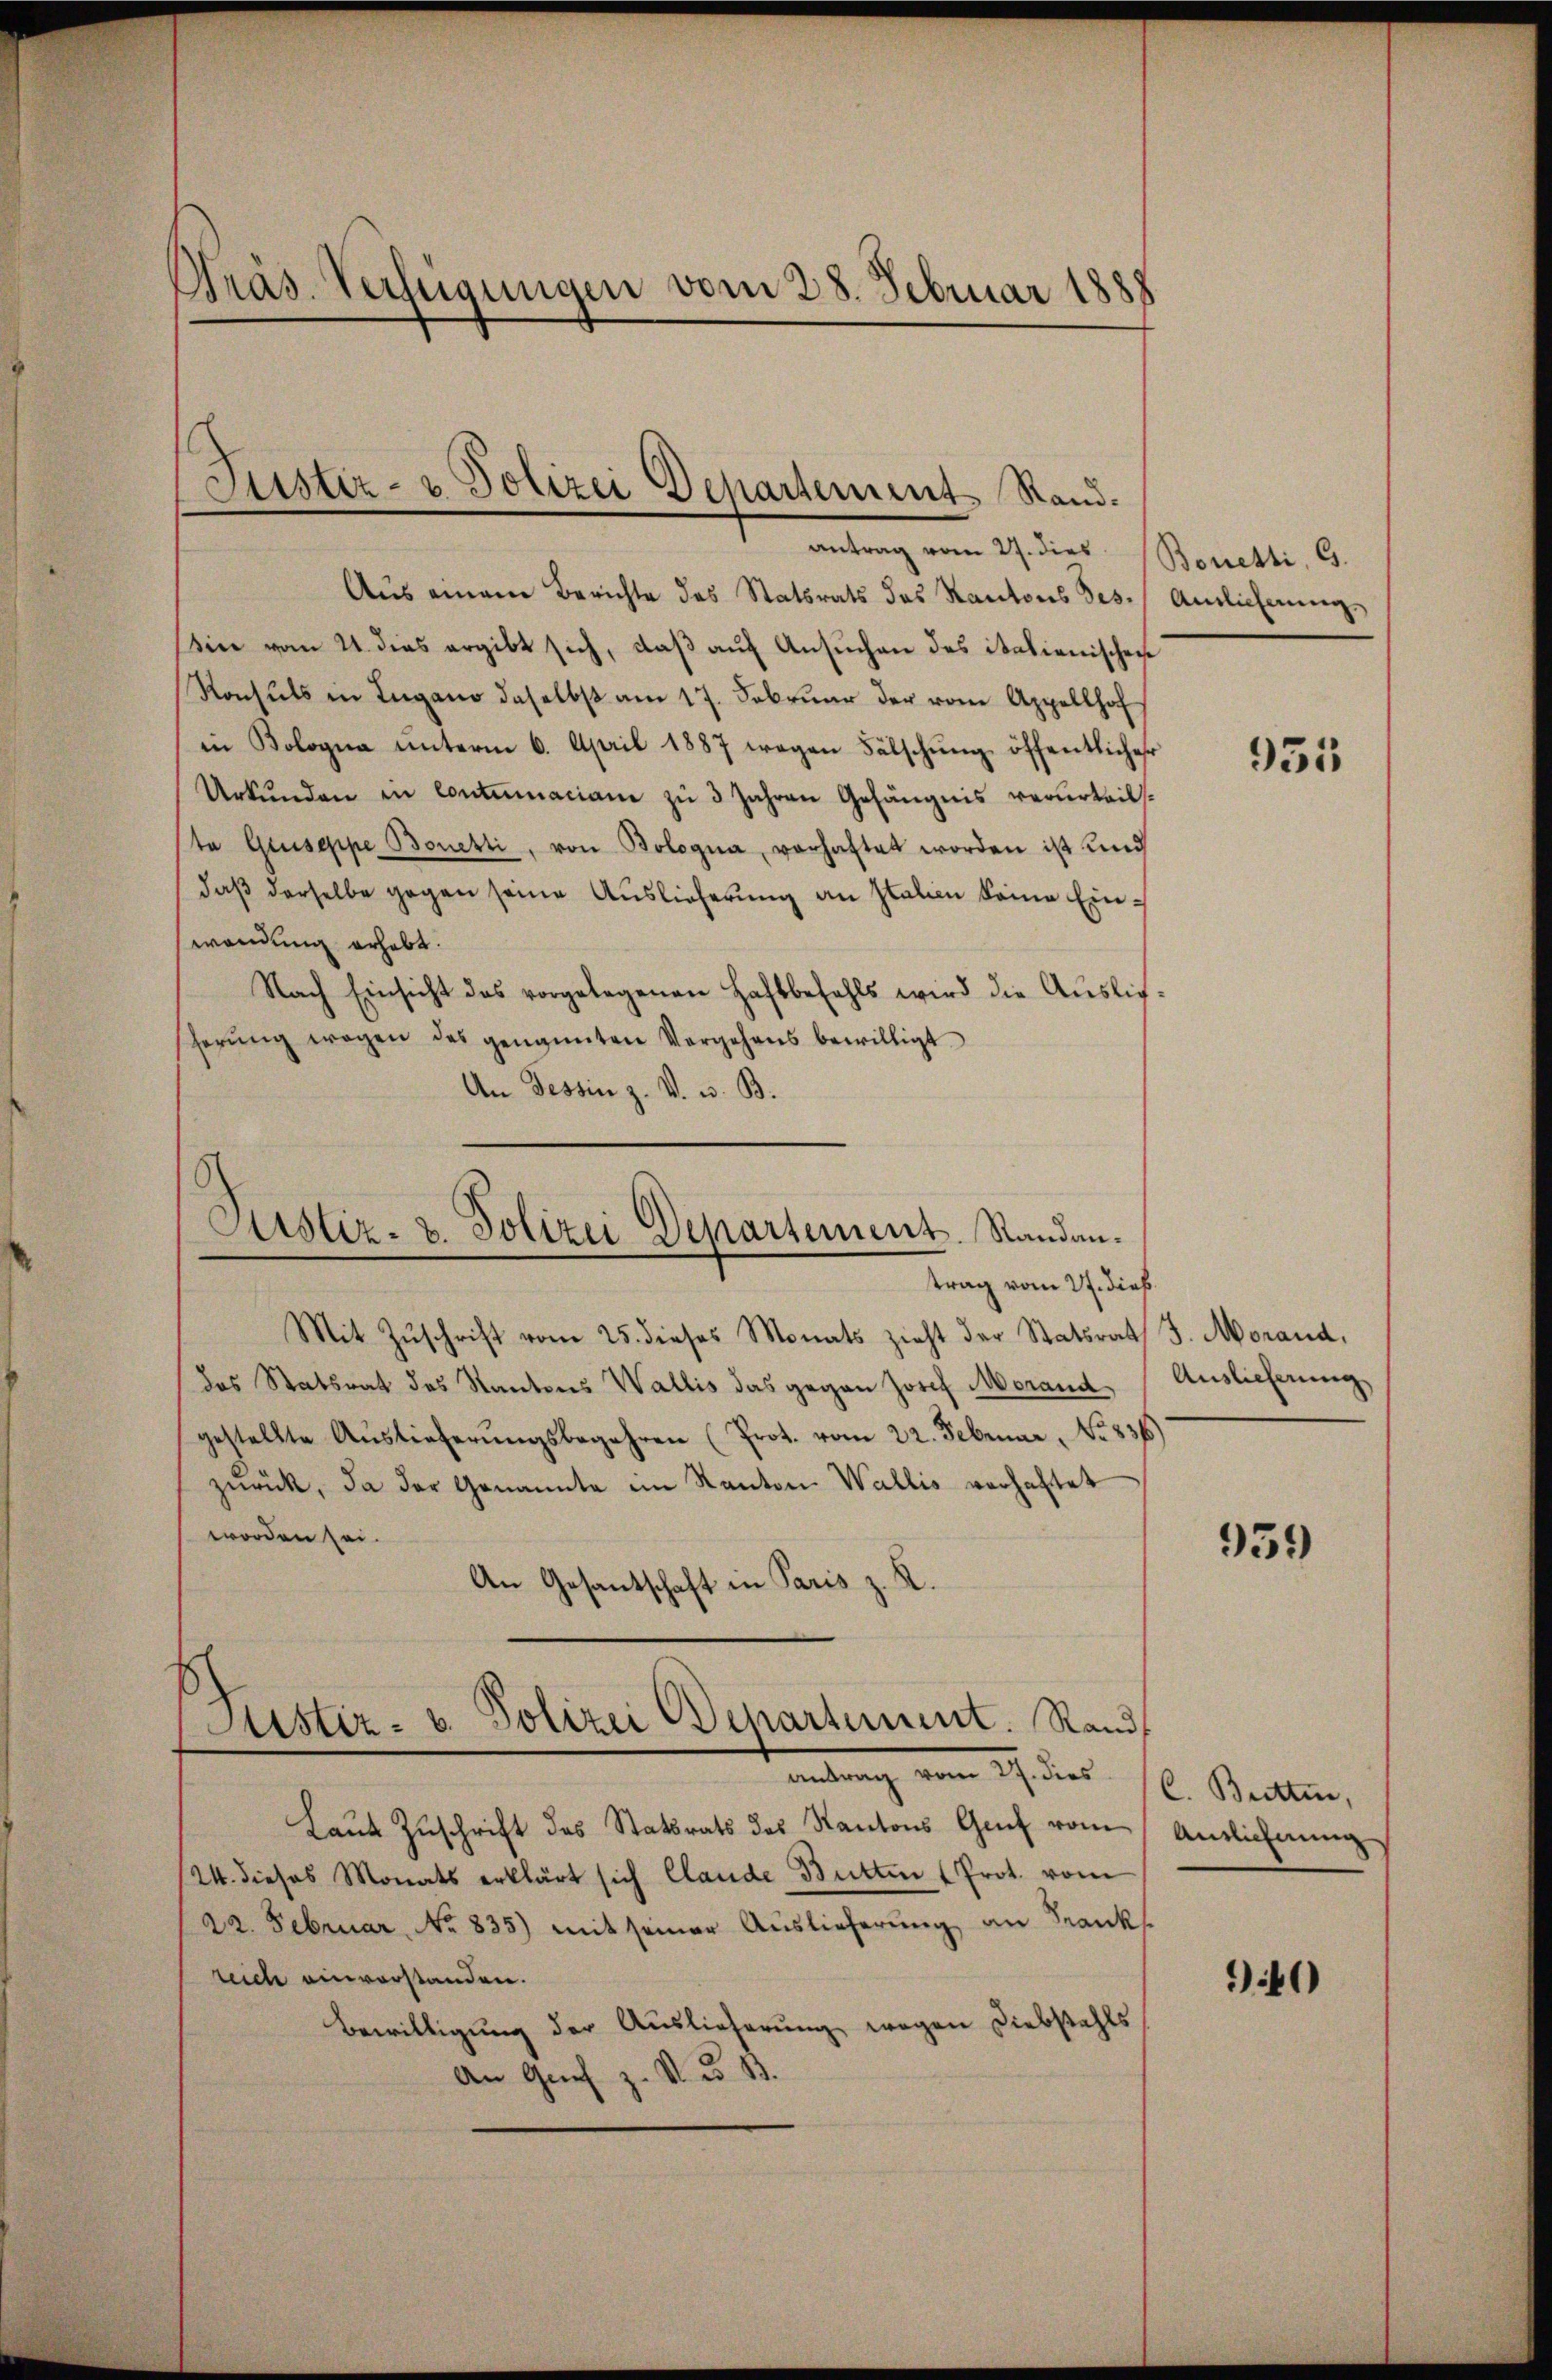
Präs. Verfügungen vom 28. Februar 1888

antrag vom 27. dies Bonetti, G.
Aus einem Berichte des Statsrats des Kantons Ges. Amlicherŭng
in vom 21. dies ergibt sich, daβ aŭf Ansuchen des italienischen
Konsuls in Lugano daselbst am 17. Februar der vom Appellhof
in Bologna unterm 6. April 1887 wegen Fälschung öffentlicher
Urkunden in Contumaciane zu 3 Jahren Gefängnis verurteilste Gruseppe Bonetti, von Bologna, vorhaftet worden ist und
daß derselbe gegen seine Auslieferung an Italien keine Einwendung erhebt.
Nach Einsicht das vorgelegenen Haftbefehls wird die Auslieherŭng wegen des genannten Vergehens bewilligt.
An Tessin z. V. u. B.

Justiz- u Polizei Departement Rand¬

Astiz- u. Polizei Departement. Standantrag vom 27. dieß.

Mit Zŭschrift vom 25. dieses Monats zieht der Statsrat
das Statsrat des Kantons Wallis das gegen Josef Morand
gestellte Auslieferungsbegehren (Prot. vom 22. Februar, No 331.
zŭrück, da der Genannte im Kanton Wallis verhaftet
worden sei.
An Gesantschaft in Paris z. R.
Laŭt Zŭschrift des Statsrats des Kantons Genf vom
24. dieses Monats erklärt sich Clande Butten (Prot. vom
22. Februar, No 835) mit seiner Auslieferung an Franks
reich einvorstanden.
Bewilligung der Auslieferung wegen Diebstahls
An Graf z. V. u. B.

Justiz- u. Polizei Departement. Rand
antrag vom 27. dies

931

J. Morand,
Auslieferung

951)

C. Butten,
Anzlichnung

940